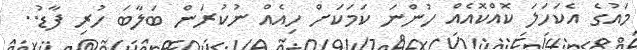
މައުގެ އެކަހަލަ ކޮއްކޮއެއް ހުންނަ ކަމަކަށް ހިއެއް ނުކުރަން ބަލާބަ ހުރި ފާޑު..